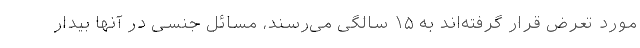
مورد تعرض قرار گرفته‌اند به ۱۵ سالگی می‌رسند، مسائل جنسی در آنها بیدار